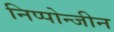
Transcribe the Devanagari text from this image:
निप्पोन्जीन